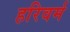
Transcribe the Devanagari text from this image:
हरिवर्म